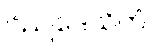
ဝိညုဒေသိတံ